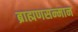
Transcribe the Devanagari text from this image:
ब्राह्मणसन्मान